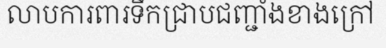
លាបការពារទឹកជ្រាបជញ្ជាំងខាងក្រៅ